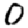
Digit: 0